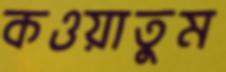
কওয়াতুম